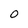
Character: 0